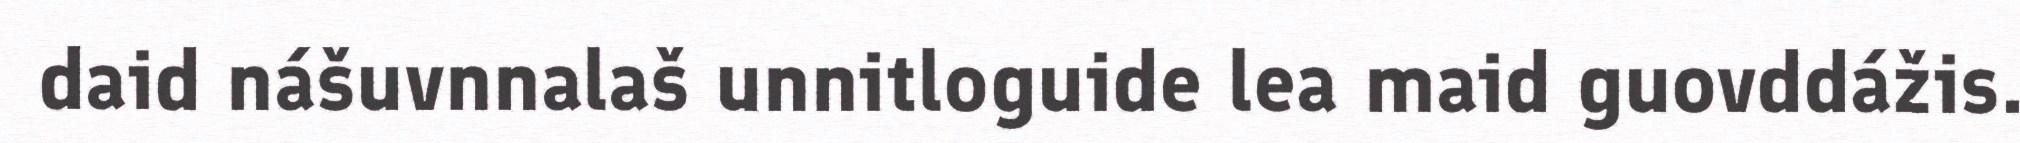
daid nášuvnnalaš unnitloguide lea maid guovddážis.